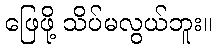
ဖြေဖို့ သိပ်မလွယ်ဘူး။